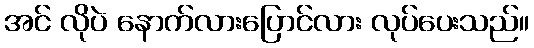
အင် လိုပဲ နောက်လားပြောင်လား လုပ်ပေးသည်။